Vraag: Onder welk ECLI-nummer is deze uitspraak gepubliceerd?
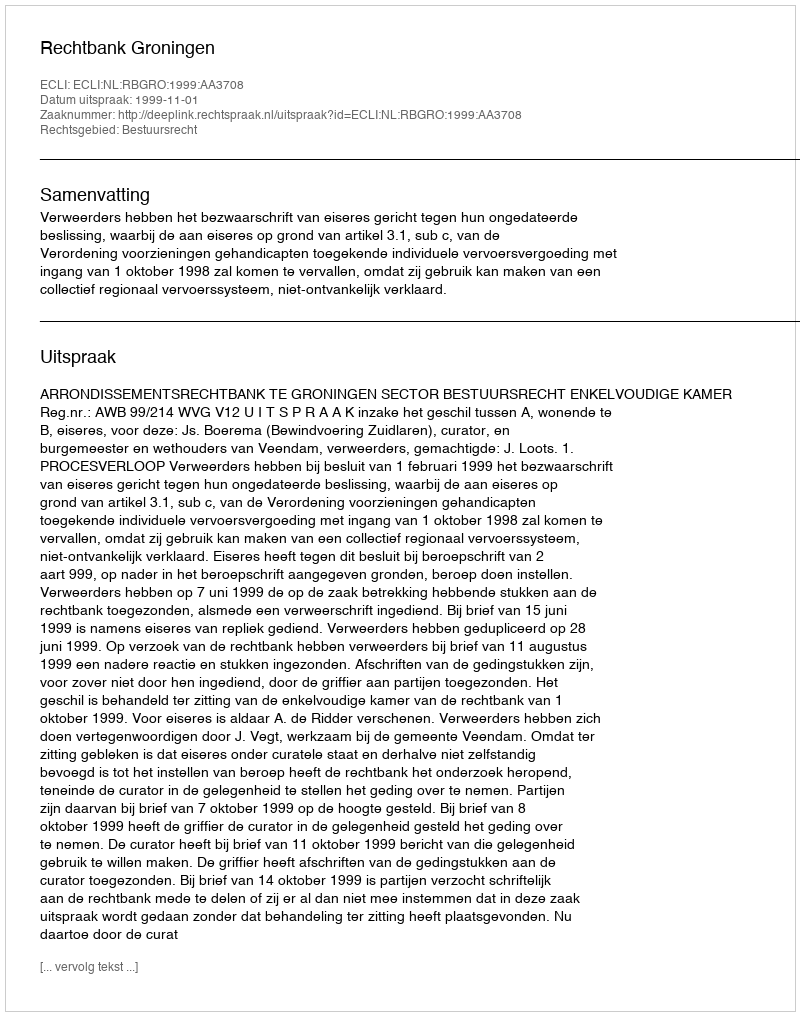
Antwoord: ECLI:NL:RBGRO:1999:AA3708